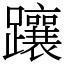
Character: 躟